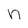
Character: h